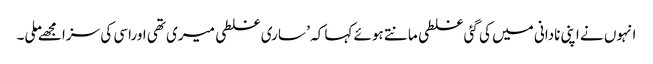
انہوں نے اپنی نادانی میں کی گئی غلطی مانتے ہوئے کہا کہ ’ ساری غلطی میری تھی اوراسی کی سزا مجھےملی۔